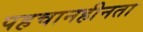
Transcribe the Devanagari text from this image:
पहचानहीनता